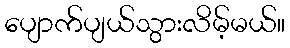
ပျောက်ပျယ်သွားလိမ့်မယ်။